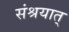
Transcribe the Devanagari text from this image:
संश्रयात्